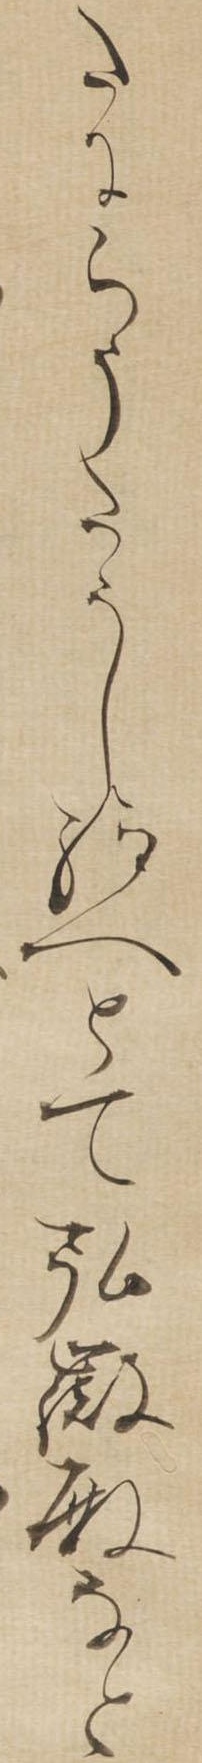
たにらうたうし給へとて弘徽殿なと